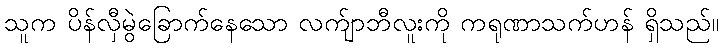
သူက ပိန်လှီမွဲခြောက်နေသော လက်ျာဘီလူးကို ကရုဏာသက်ဟန် ရှိသည်။